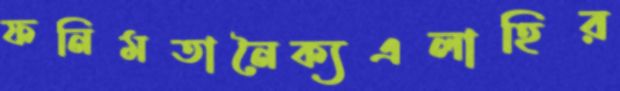
ফনিমতানৈক্যএলাহির